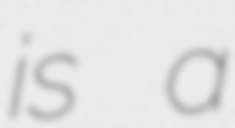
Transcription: is a